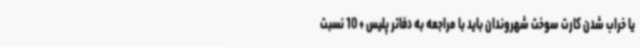
یا خراب شدن کارت سوخت شهروندان باید با مراجعه به دفاتر پلیس + 10 نسبت